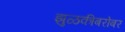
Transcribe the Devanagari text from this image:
झुळकीबरोबर